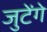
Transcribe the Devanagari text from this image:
जुटेंगे